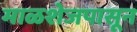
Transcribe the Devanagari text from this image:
माळशेजपासून